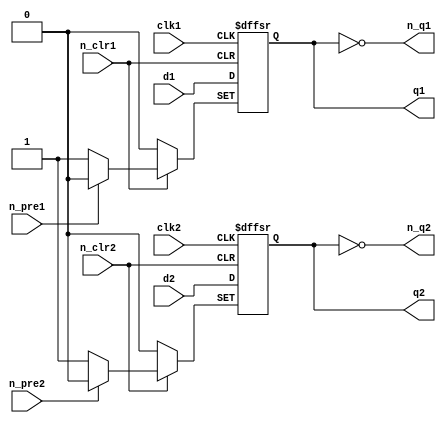
//74LS74 Chip pinout:
/*        _____________
        _|             |_
n_clr1 |_|1          14|_| VCC
        _|             |_                     
d1     |_|2          13|_| n_clr2
        _|             |_
clk1   |_|3          12|_| d2
        _|             |_
n_pre1 |_|4          11|_| clk2
        _|             |_
q1     |_|5          10|_| n_pre2
        _|             |_
n_q1   |_|6           9|_| q2
        _|             |_
GND    |_|7           8|_| n_q2
         |_____________|
*/

module ls74
(
	input  n_pre1, n_pre2,
	input  n_clr1, n_clr2,
	input  clk1, clk2,
	input  d1, d2,
	output reg q1, q2,
    output n_q1, n_q2
);

always @(posedge clk1 or negedge n_pre1 or negedge n_clr1) begin
	if(!n_pre1)
		q1 <= 1;
	else if(!n_clr1)
		q1 <= 0;
	else
		q1 <= d1;
end
assign n_q1 = ~q1;
	
always @(posedge clk2 or negedge n_pre2 or negedge n_clr2) begin
	if(!n_pre2)
		q2 <= 1;
	else if(!n_clr2)
		q2 <= 0;
	else
		q2 <= d2;
end
assign n_q2 = ~q2;

endmodule

//74LS107 Chip pinout:
/*     _____________
     _|             |_
1J  |_|1          14|_| VCC
     _|             |_                     
1nQ |_|2          13|_| 1nCLR
     _|             |_
1Q  |_|3          12|_| 1CK
     _|             |_
1K  |_|4          11|_| 2K
     _|             |_
2Q  |_|5          10|_| 2nCLR
     _|             |_
2nQ |_|6           9|_| 2CK
     _|             |_
GND |_|7           8|_| 2J
      |_____________|
*/

module ls107(
   input clear, 
   input clk, 
   input j, 
   input k, 
   output reg q, 
   output qnot
);

assign qnot=~q;
  always @(negedge clk or negedge clear) begin
	if (!clear) q<=1'b0; else
		case ({j, k})
		2'b00: q<=q;
		2'b01: q<=1'b0;
		2'b10: q<=1'b1;
		2'b11: q<=~q;
		endcase
  end
endmodule

//74LS161 Chip pinout:
/*        _____________
        _|             |_
n_clr  |_|1          16|_| VCC
        _|             |_                     
clk    |_|2          15|_| rco
        _|             |_
din(0) |_|3          14|_| q(0)
        _|             |_
din(1) |_|4          13|_| q(1)
        _|             |_
din(2) |_|5          12|_| q(2)
        _|             |_
din(3) |_|6          11|_| q(3)
        _|             |_
enp    |_|7          10|_| ent
        _|             |_
GND    |_|8           9|_| n_load
         |_____________|
*/

module ls161 //asynchronous reset/clear
(
	input        n_clr,
	input        clk,
	input  [3:0] din,
	input        enp, ent,
	input        n_load,
	output [3:0] q,
	output       rco
);

  reg [3:0] data = 4'b0;

always @(posedge clk or negedge n_clr) begin
	if(!n_clr)
		data <= 4'd0;
	else
		if(!n_load)
			data <= din;
		else if(enp && ent)
			data <= data + 4'd1;
end

assign q = data;
assign rco = data[0] & data[1] & data[2] & data[3] & ent;

endmodule

//74LS273 Chip pinout:
/*      _____________
      _|             |_
res  |_|1          20|_| VCC
      _|             |_                     
q(0) |_|2          19|_| q(7)
      _|             |_
d(0) |_|3          18|_| d(7)
      _|             |_
d(1) |_|4          17|_| d(6)
      _|             |_
q(1) |_|5          16|_| q(6)
      _|             |_
q(2) |_|6          15|_| q(5)
      _|             |_
d(2) |_|7          14|_| d(5)
      _|             |_
d(3) |_|8          13|_| d(4)
      _|             |_
q(3) |_|9          12|_| q(4)
      _|             |_
GND  |_|10         11|_| clk
       |_____________|
*/

module ls273
(
	input  [7:0] d,
	input        clk,
	input        res,
	output reg [7:0] q
);

always @(posedge clk or negedge res) begin
	if(!res)
		q <= 8'h00;
	else
		q <= d;
end

endmodule

//74LS166 Chip pinout:
/*            _____________
            _|             |_
serial input |_|1          16|_| VCC
            _|             |_                     
parra in A   |_|2          15|_| shift/load
            _|             |_
parra in B   |_|3          14|_| parra in H
            _|             |_
parra in C   |_|4          13|_| serial output
            _|             |_
parra in D   |_|5          12|_| parra in G
            _|             |_
CLK inhibit  |_|6          11|_| parra in F
            _|             |_
CLK        |_|7          10|_|   parra in E
            _|             |_
GND        |_|8           9|_| clear
             |_____________|
*/

module ls166
(
    input clk,
    input load,
  	input [7:0] in,
    output out	
);
  
reg [7:0]tmp;

always @(posedge clk)
begin
	if (!load)
		tmp <= in;
	else
		tmp <= {tmp[6:0], 1'b0};
end
assign out = tmp[7];

endmodule

//74LS174 Chip pinout:
/*      _____________
      _|             |_
mr   |_|1          16|_| VCC
      _|             |_                     
q(0) |_|2          15|_| q(5)
      _|             |_
d(0) |_|3          14|_| d(5)
      _|             |_
d(1) |_|4          13|_| d(4)
      _|             |_
q(1) |_|5          12|_| q(4)
      _|             |_
d(2) |_|6          11|_| d(3)
      _|             |_
q(2) |_|7          10|_| q(3)
      _|             |_
GND  |_|8           9|_| clk
       |_____________|
*/

module ls174 
(
	input  [5:0] d,
	input        clk,
	input        mr,
	output reg [5:0] q
);

always @(posedge clk or negedge mr) begin
	if(!mr)
		q <= 6'b000000;
	else
		q <= d;
end

endmodule

//74LS139 Chip pinout:
/*      _____________
      _|             |_
1n_G |_|1          16|_| VCC
      _|             |_                     
1A   |_|2          15|_| 2n_G
      _|             |_
1B   |_|3          14|_| 2A
      _|             |_
1Y0  |_|4          13|_| 2B
      _|             |_
1Y1  |_|5          12|_| 2Y0
      _|             |_
1Y2  |_|6          11|_| 2Y1
      _|             |_
1Y3  |_|7          10|_| 2Y2
      _|             |_
GND  |_|8           9|_| 2Y3
       |_____________|
*/

module ls139
(
	input  		 a,
    input  		 b,
  	input  		 n_g,
  	output [3:0] y
);

  assign y = (!n_g && !a && !b) ? 4'b1110:
    (!n_g && a && !b)  ? 4'b1101:
    (!n_g && !a && b)  ? 4'b1011:
    (!n_g && a && b)   ? 4'b0111:
	4'b1111;
		
endmodule